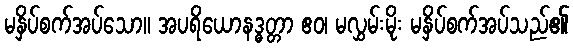
မနှိပ်စက်အပ်သော။ အပရိယောနဒ္ဓတ္တာ ဧဝ၊ မလွှမ်းမိုး မနှိပ်စက်အပ်သည်၏